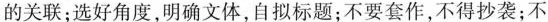
的关联；选好角度，明确文体，自拟标题；不要套作，不得抄袭；不